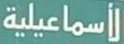
الأسماعيلية